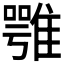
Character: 𩀇